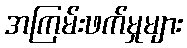
အကြမ်းဖက်မှုများ